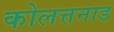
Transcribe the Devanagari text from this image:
कोलत्तनाड